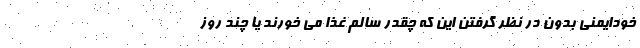
خودایمنی بدون در نظر گرفتن این که چقدر سالم غذا می خورند یا چند روز